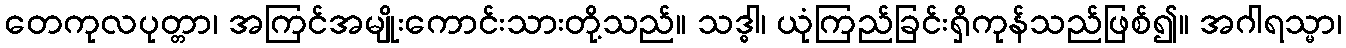
တေကုလပုတ္တာ၊ အကြင်အမျိုးကောင်းသားတို့သည်။ သဒ္ဓါ၊ ယုံကြည်ခြင်းရှိကုန်သည်ဖြစ်၍။ အဂါရသ္မာ၊